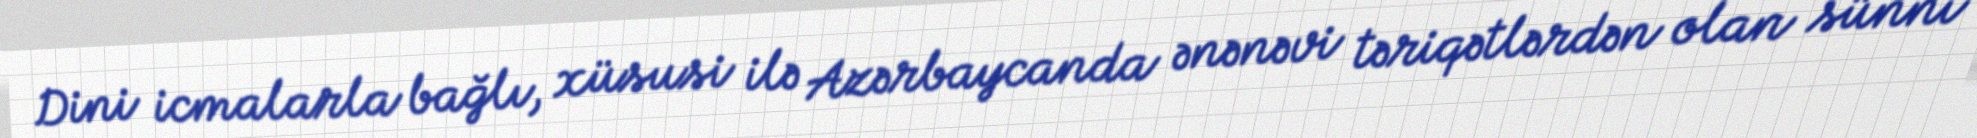
Dini icmalarla bağlı, xüsusi ilə Azərbaycanda ənənəvi təriqətlərdən olan sünni